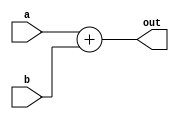
module Adder 
#(
    parameter WIDTH = 32
) (
    input [WIDTH - 1 : 0] a, b,
    output [WIDTH - 1 : 0] out  // no need to consider the carry   
);
    assign out = a + b;
    
endmodule